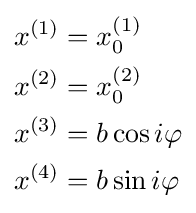
{\scriptstyle {\begin{aligned}x^{(1)}&=x_{0}^{(1)}\\x^{(2)}&=x_{0}^{(2)}\\x^{(3)}&=b\cos i\varphi \\x^{(4)}&=b\sin i\varphi \end{aligned}}}